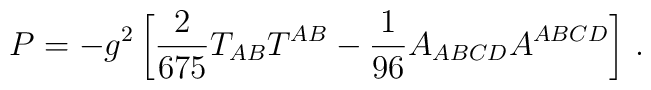
P=-g^2\left[{2\over 675}T_{AB}T^{AB}-{1\over96}A_{ABCD}A^{ABCD}\right]\,.